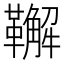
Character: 𩍝